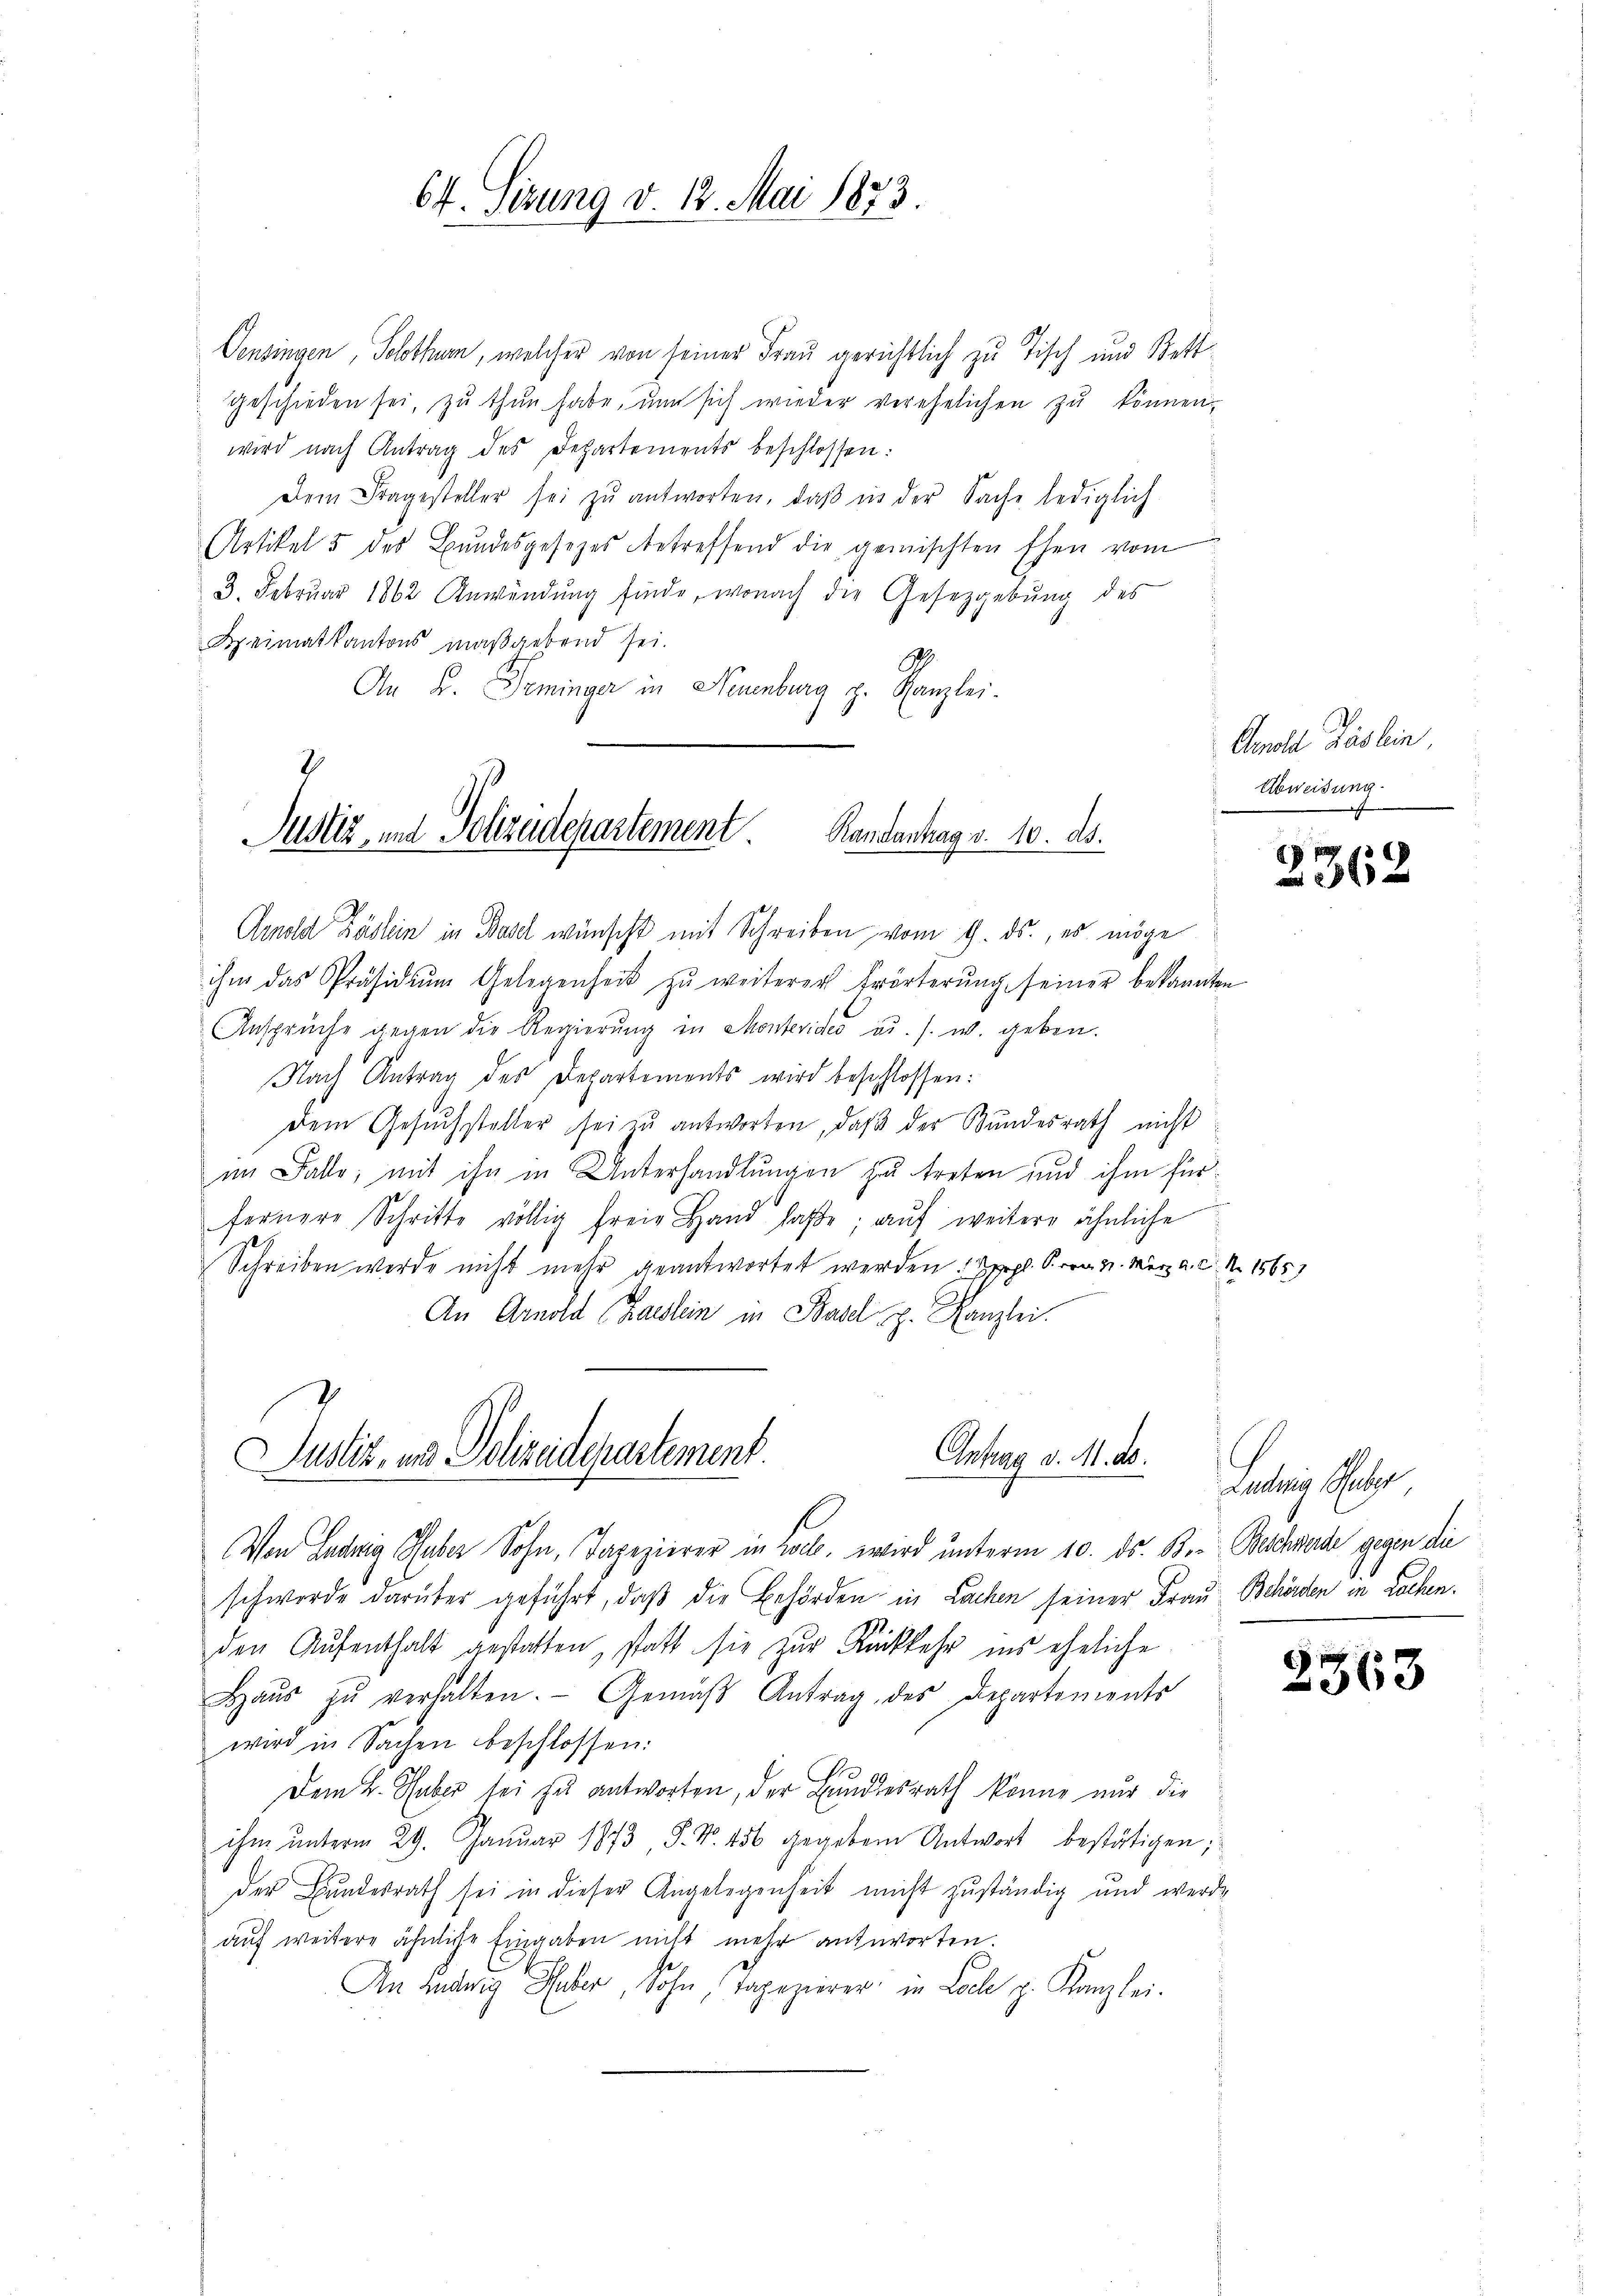
Vensingen, Solothurn, welcher von seiner Frau gerichtlich zu Tisch und Bettgeschieden sei, zu thun habe, um sich wieder verehelichen zu können,
wird nach Antrag des Departements beschlossen:
Dem Fragesteller sei zŭ antworten, daβ in der Sache lediglich
Artikel 5 des Bundesgesetzes betreffend die gemischten Ehen vom
3. Februar 1862 Anwendŭng finde, wonach die Gesetzgebung des
Heimatkantons maßgebend sei.
An u. Seminga in Neuenburg z. Kanzlei-

64. Sitzung v. 12. Mai 1873.

Justiz- und Polizeidepartement Randantag v. 10. ds.

Arnold Zöslein in Basel wünscht mit Schreiben vom 9. ds., es möge
ihm das Präsidiŭm Gelegenheit zŭ weiterer Erörterŭng seiner bekannten
Ansprüche gegen die Regierŭng in Montevideo u. s. w. geben.
Nach Antrag des Departements wird beschlossen:
dem Gesuchsteller sei zu antworten, daß der Bundesrath nicht
im Falle, mit ihn in Unterhandlungen zu treten und ihm für
fernere Schritte völlig freie Hand laße; auf weitere ähnliche
Schreiben werde nicht mehr geantwortet werden. Sep. P. v. 4. März a. c. Nr. 1565)
An Arnold Kasslein in Basel h. Kanzlei.

Antrag d. M. ds.
Justiz, an Polizeidepartement.

Von Ludwig Raber Sohn, Tapezierer in Kolle, wird unterm 10. ds. B. Beschwerde gegen die
schwerde darüber geführt, daß die Behörden in Lachen seiner Frau Behörden in Lochen.
den Aufenthalt gestatten, statt sie zur Rückkehr ins eheliche
Haŭs zŭ verhalten. Gemäβ Antrag des Departements
wird in Sachen beschlossen:
Dem L. Tuber sei zu antworten, der Bundesrath könne nur die
ihm ŭnterm 29. Januar 1873 S. Nr. 456 gegebene Antwort bestätigen;
der Bundesrath sei in dieser Angelegenheit nicht zuständig und werde
auf weitere ähnliche Eingaben nicht mehr antworten.
An anderig haber, Sohn, Tapezierer in Loche p. Kanzlei.

Copold Käslin,
Abweisung.

2362

aler Sache

2363